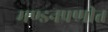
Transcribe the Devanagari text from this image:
मण्डनप्रणीत